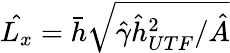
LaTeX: \hat{L_{x}}=\bar{h}\sqrt{\hat{\gamma}\hat{h}_{UTF}^{2}/\hat{A}}